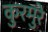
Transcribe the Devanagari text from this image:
कुरमुरे